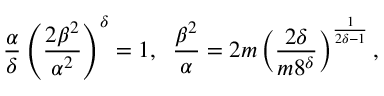
\frac { \alpha } { \delta } \left( \frac { 2 \beta ^ { 2 } } { \alpha ^ { 2 } } \right) ^ { \delta } = 1 , \; \; \frac { \beta ^ { 2 } } { \alpha } = 2 m \left( \frac { 2 \delta } { m 8 ^ { \delta } } \right) ^ { \frac { 1 } { 2 \delta - 1 } } ,